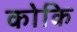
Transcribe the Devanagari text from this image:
कोकि